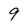
Character: 9